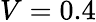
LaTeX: V=0.4